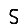
Digit: 5